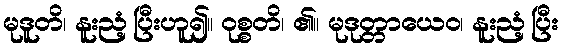
မုဒူတိ၊ နူးညံ့ပြီးဟူ၍။ ဝုစ္စတိ၊ ၏။ မုဒုတ္တာယေဝ၊ နူးညံ့ပြီး